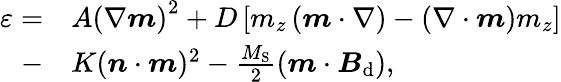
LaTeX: \begin{array}{rl}{\varepsilon=}&{A\left(\nabla\boldsymbol{m}\right)^{2}+D\left[m_{z}\left(\boldsymbol{m}\cdot\nabla\right)-\left(\nabla\cdot\boldsymbol{m}\right)m_{z}\right]}\\ {-}&{K(\boldsymbol{n}\cdot\boldsymbol{m})^{2}-\frac{M_{\mathrm{S}}}{2}(\boldsymbol{m}\cdot\boldsymbol{B}_{\mathrm{d}}),}\end{array}